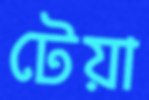
টেয়া